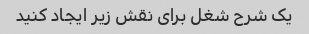
یک شرح شغل برای نقش زیر ایجاد کنید